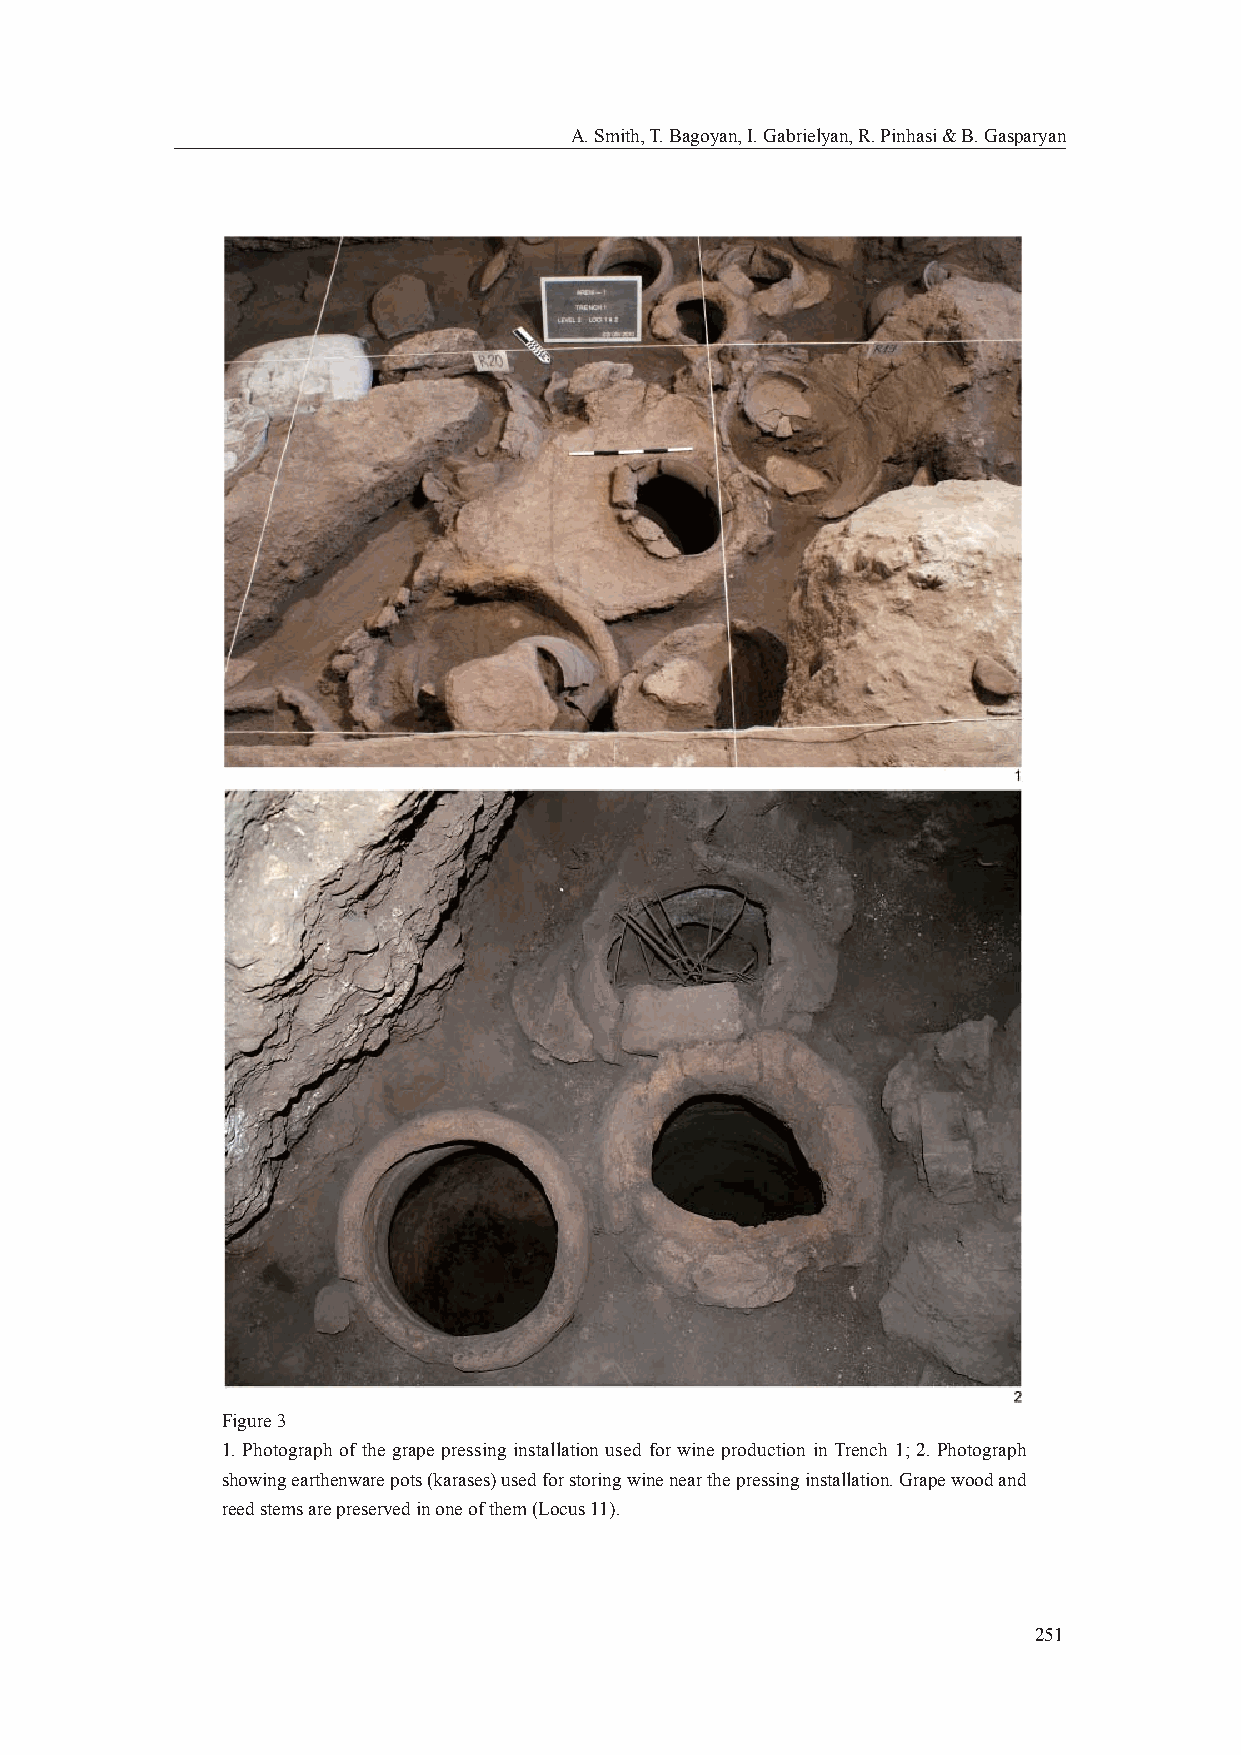
A. Smith, T. Bagoyan, I. Gabrielyan, R. Pinhasi & B. Gasparyan
 Figure 3
 1. Photograph of the grape pressing installation used for wine production in Trench 1; 2. Photograph
 showing earthenware pots (karases) used for storing wine near the pressing installation. Grape wood and
 reed stems are preserved in one of them (Locus 11).
 251